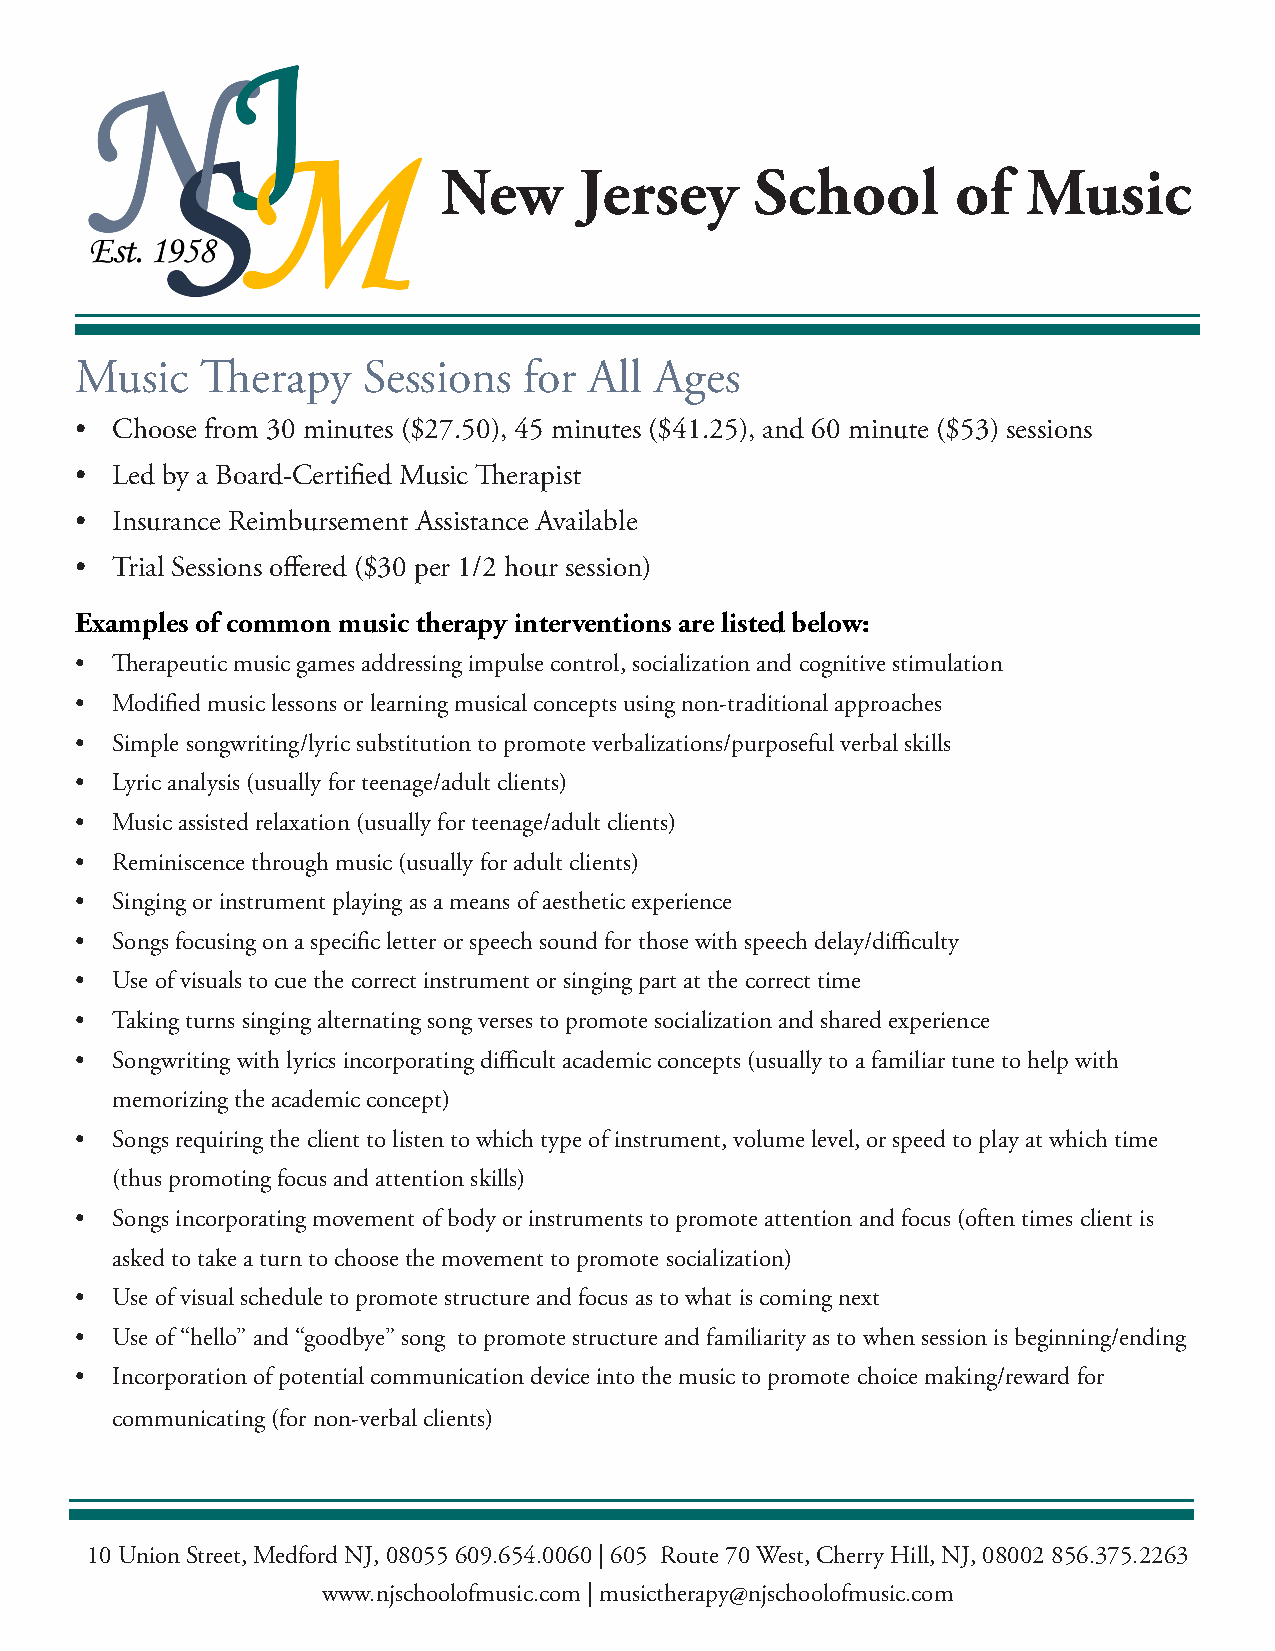
New      Jersey      School       of   Music
 Music   Therapy    Sessions   for All Ages
 • Choose from 30 minutes ($27.50), 45 minutes ($41.25), and 60 minute ($53) sessions
 • Led by a Board-Certified Music Therapist
 • Insurance Reimbursement Assistance Available
 • Trial Sessions offered ($30 per 1/2 hour session)
 Examples of common music therapy interventions are listed below:
 • Therapeutic music games addressing impulse control, socialization and cognitive stimulation
 • Modified music lessons or learning musical concepts using non-traditional approaches
 • Simple songwriting/lyric substitution to promote verbalizations/purposeful verbal skills
 • Lyric analysis (usually for teenage/adult clients)
 • Music assisted relaxation (usually for teenage/adult clients)
 • Reminiscence through music (usually for adult clients)
 • Singing or instrument playing as a means of aesthetic experience
 • Songs focusing on a specific letter or speech sound for those with speech delay/difficulty
 • Use of visuals to cue the correct instrument or singing part at the correct time
 • Taking turns singing alternating song verses to promote socialization and shared experience
 • Songwriting with lyrics incorporating difficult academic concepts (usually to a familiar tune to help with
 memorizing the academic concept)
 • Songs requiring the client to listen to which type of instrument, volume level, or speed to play at which time
 (thus promoting focus and attention skills)
 • Songs incorporating movement of body or instruments to promote attention and focus (often times client is
 asked to take a turn to choose the movement to promote socialization)
 • Use of visual schedule to promote structure and focus as to what is coming next
 • Use of “hello” and “goodbye” song to promote structure and familiarity as to when session is beginning/ending
 • Incorporation of potential communication device into the music to promote choice making/reward for
 communicating (for non-verbal clients)
 10 Union Street, Medford NJ, 08055 609.654.0060 | 605 Route 70 West, Cherry Hill, NJ, 08002 856.375.2263
 www.njschoolofmusic.com | musictherapy@njschoolofmusic.com